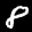
Label: 8